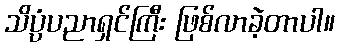
သိပ္ပံပညာရှင်ကြီး ဖြစ်လာခဲ့တာပါ။